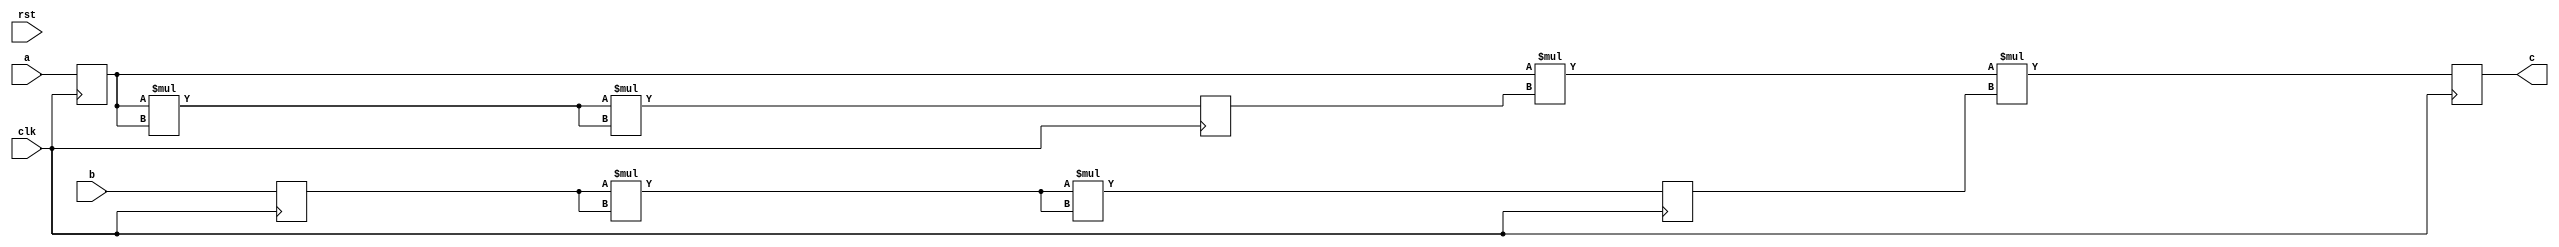
module pipeline(
	input clk,
	input rst,
	input [8:0] a,
	input [8:0] b,
	output [35:0] c
  );

	reg [8:0] a_d, a_q, b_d, b_q;
	reg [35:0] c_d, c_q;

	reg [17:0] temp1_d, temp1_q;
	reg [17:0] temp2_d, temp2_q;

	assign c = c_q;
   
  	always @(counter_q) begin
        	a_d = a;
        	b_d = b;
		temp1_d = (a_q * a_q) * (a_q * a_q);
		temp2_d = (b_q * b_q) * (b_q * b_q);
		c_d = a_q * temp1_q * temp2_q;
	end
   
	always @(posedge clk) begin
	        a_q <= a_d;
	        b_q <= b_d;
	        c_q <= c_d;
		temp1_q <= temp1_d;
		temp2_q <= temp2_d;
	end
   
endmodule